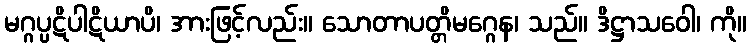
မဂ္ဂပ္ပဋိပါဋိယာပိ၊ အားဖြင့်လည်း။ သောတာပတ္တိမဂ္ဂေန၊ သည်။ ဒိဋ္ဌာသဝေါ၊ ကို။